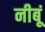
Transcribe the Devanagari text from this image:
नीबूं